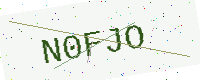
Text: N0FJO